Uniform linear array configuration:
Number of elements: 12
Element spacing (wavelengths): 0.25
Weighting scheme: blackman
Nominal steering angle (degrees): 45
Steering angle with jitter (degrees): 43.963
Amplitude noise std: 0.05
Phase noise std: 0.05

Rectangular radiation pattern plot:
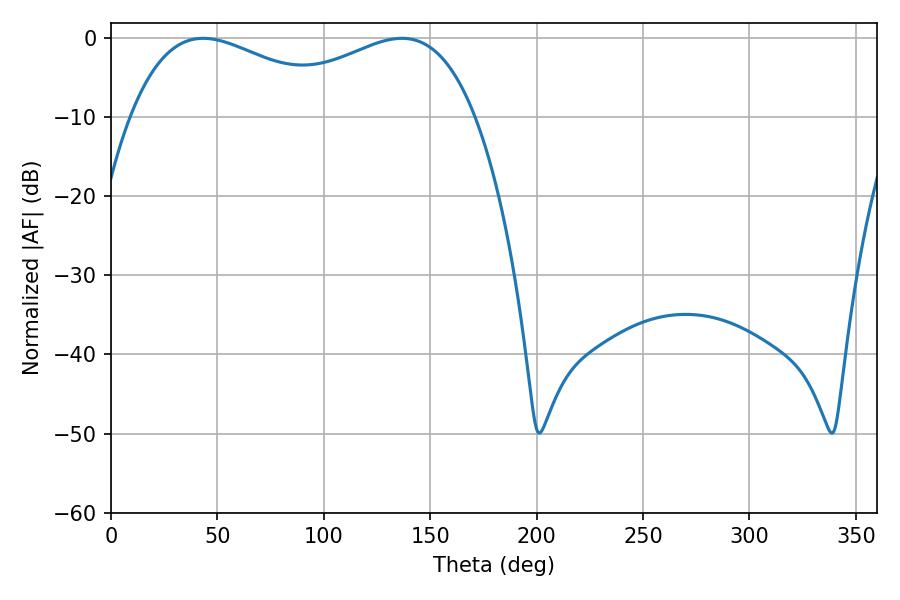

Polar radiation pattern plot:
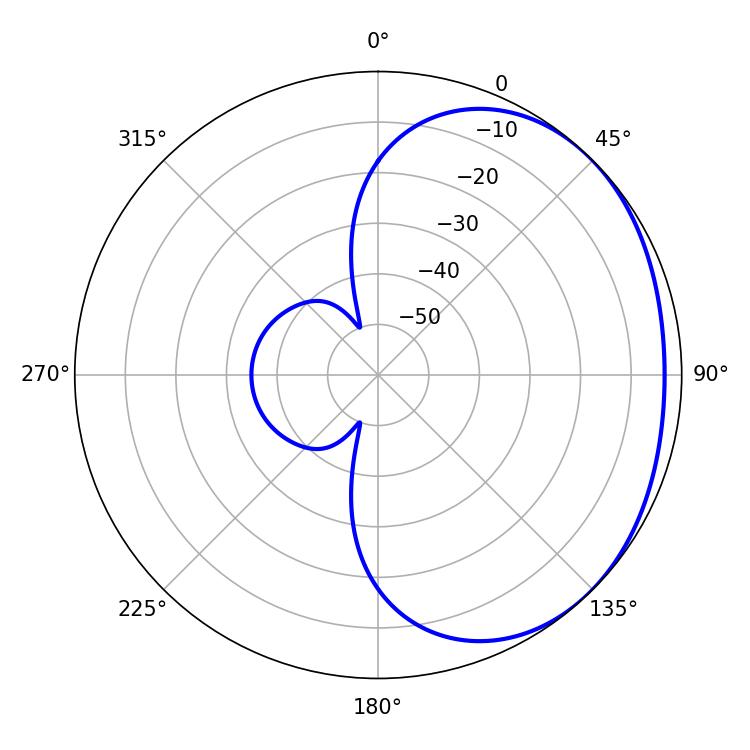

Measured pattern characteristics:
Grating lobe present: FALSE
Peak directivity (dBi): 1.714
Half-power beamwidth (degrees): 56.34
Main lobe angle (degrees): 43.38